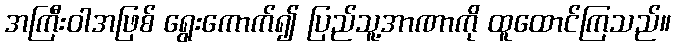
အကြီးဝါအဖြစ် ရွေးကောက်၍ ပြည်သူ့အာဏာကို ထူထောင်ကြသည်။